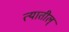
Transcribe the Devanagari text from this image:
त्यातील्